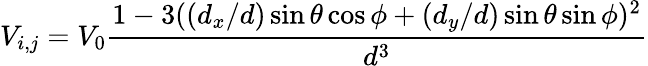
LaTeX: V_{i,j}=V_{0}\frac{1-3((d_{x}/d)\sin\theta\cos\phi+(d_{y}/d)\sin\theta\sin\phi)^{2}}{d^{3}}